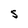
Character: s